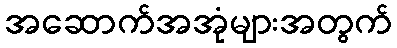
အဆောက်အအုံများအတွက်